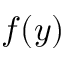
f ( y )